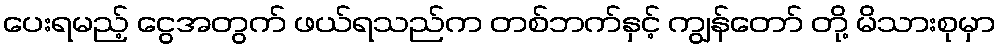
ပေးရမည့် ငွေအတွက် ဖယ်ရသည်က တစ်ဘက်နှင့် ကျွန်တော် တို့ မိသားစုမှာ